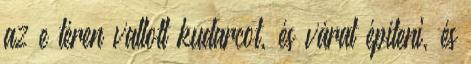
az e téren vallott kudarcot, és várat építeni, és